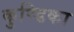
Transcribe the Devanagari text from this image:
कुण्डिका